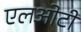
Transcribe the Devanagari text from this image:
एलओटी